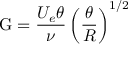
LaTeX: \mathrm { G } = { \frac { U _ { e } \theta } { \nu } } \left( { \frac { \theta } { R } } \right) ^ { 1 / 2 }